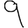
Digit: 9